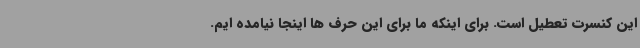
این کنسرت تعطیل است. برای اینکه ما برای این حرف ها اینجا نیامده ایم.